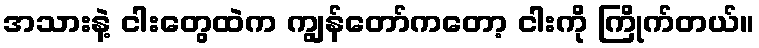
အသားနဲ့ ငါးတွေထဲက ကျွန်တော်ကတော့ ငါးကို ကြိုက်တယ်။